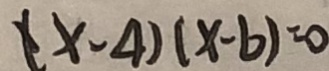
( x - 4 ) ( x - b ) = 0